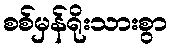
စစ်မှန်ရိုးသားစွာ